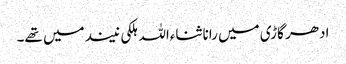
ادھر گاڑی میں رانا ثناءاللہ ہلکی نیند میں تھے۔